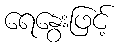
ရေနွေးဖြင့်